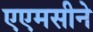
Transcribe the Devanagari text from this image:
एएमसीने